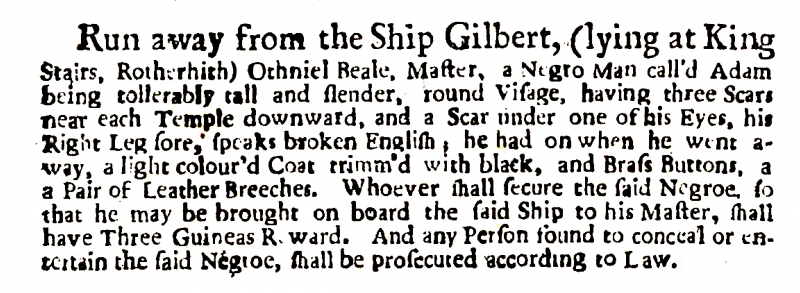
Daily Post, 18 July 1722 (England)
Run away from the Ship Gilbert, (lying at King Stairs, Rotherith), Othniel Beale, Master, a Negro Man call'd Adam being tollerably tall and slender, round Visage, having three Scars near each Temple downward, and a Scar under one of his Eyes, his Right Leg sore, speaks broken English, he had on when he went away, a light colour’d Coat trimm'd with black, and Brass Buttons, a a Pair of Leather Breeches. Whoever shall secure the said Negroe, so that he may be brought on board the said Ship to his Master, shall have Three Guineas Reward. And any Person found to coneal or entertain the said Negroe, shall be prosecuted according to Law.